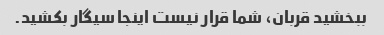
ببخشید قربان، شما قرار نیست اینجا سیگار بکشید.